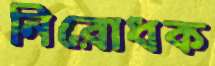
নিরোধক